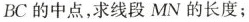
BC的中点，求线段MN的长度；